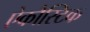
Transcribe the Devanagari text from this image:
ऐकौस्टिक